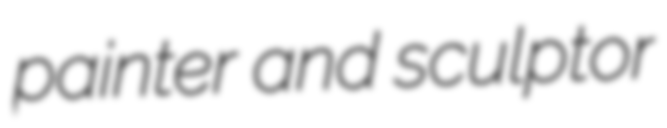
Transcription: painter and sculptor